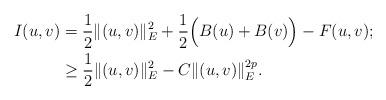
LaTeX: \begin{align*}I(u,v)&=\frac{1}{2}\|(u,v)\|_{E}^{2}+\frac{1}{2}\Big(B(u)+B(v)\Big)-F(u,v);\\&\geq\frac{1}{2}\|(u,v)\|_{E}^{2}-C\|(u,v)\|_{E}^{2p}.\end{align*}